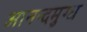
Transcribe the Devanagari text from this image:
आनन्दमुग्ध